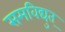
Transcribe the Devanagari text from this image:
समविद्युत्‌